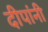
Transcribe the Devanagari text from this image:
दीपांनी